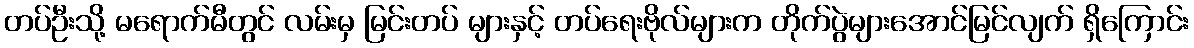
တပ်ဦးသို့ မရောက်မီတွင် လမ်းမှ မြင်းတပ် များနှင့် တပ်ရေးဗိုလ်များက တိုက်ပွဲများအောင်မြင်လျက် ရှိကြောင်း